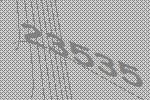
23535